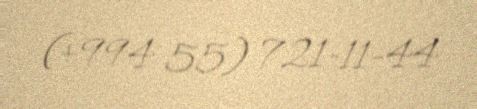
(+994 55) 721-11-44